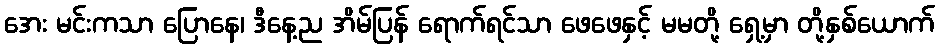
အေး မင်းကသာ ပြောနေ၊ ဒီနေ့ည အိမ်ပြန် ရောက်ရင်သာ ဖေဖေနှင့် မမတို့ ရှေ့မှာ တို့နှစ်ယောက်